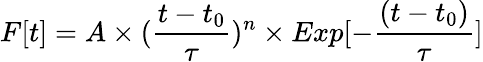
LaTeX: F[t]=A\times(\frac{t-t_{0}}{\tau})^{n}\times Exp[-\frac{(t-t_{0})}{\tau}]